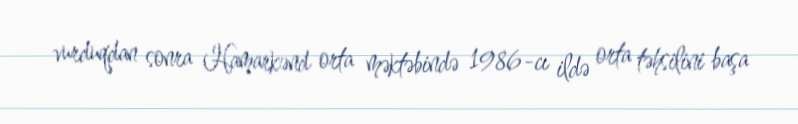
vurduqdan sonra Hamarkənd orta məktəbində 1986-cı ildə orta təhsilini başa